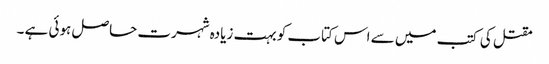
مقتل کی کتب میں سے اس کتاب کو بہت زیادہ شہرت حاصل ہوئی ہے ۔